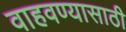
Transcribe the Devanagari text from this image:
वाहवण्यासाठी